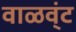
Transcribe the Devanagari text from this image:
वाळव्ंट